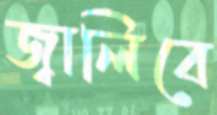
জ্বালিবে